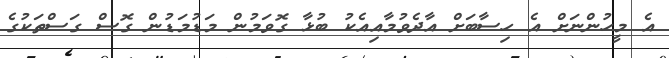
އެ މީހުންނަށް އެ ހިސާބަށް އާދެވުމާއިއެކު ބުޅާ ގޮވަމުން މަޑުމަޑުން ގޮސް ގަސްތަކުގެ